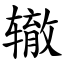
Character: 辙